Report on sanitation, dispensaries, and jails in Rajputana for 1913, and on vaccination for the year 1913-1914 - 1913-1914
Year: 1913
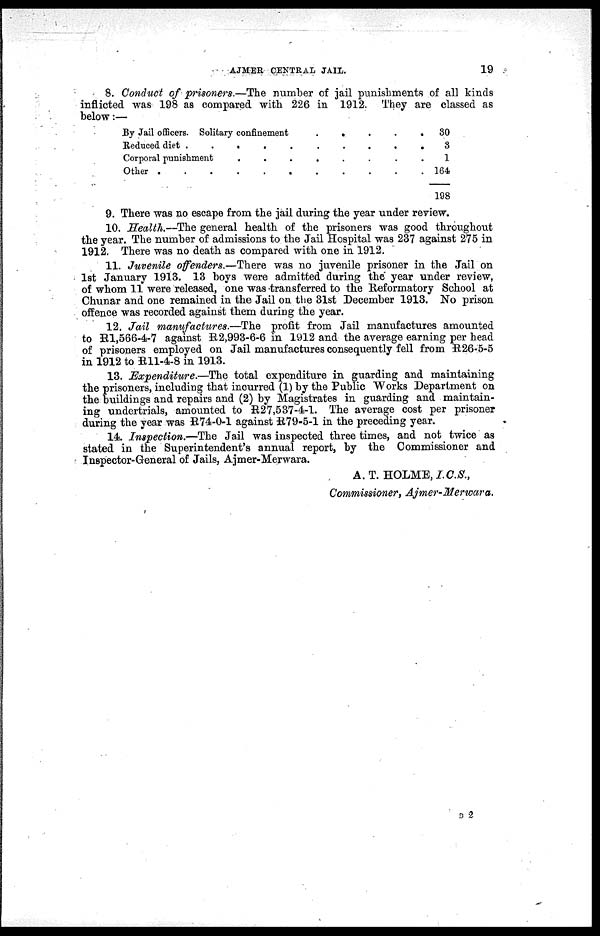
AJMER CENTRAL JAIL.
19
8. Conduct of prisoners.—The number of jail punishments of all kinds
inflicted was 198 as compared with 226 in 1912. They are classed as
below:—
By Jail officers. Solitary confinement
.
.
.
.
.
Reduced diet
.
.
.
.
.
.
Corporal punishment
.
.
.
.
.
.
Other . . . . . .
30
3
1
164
198
9. There was no escape from the jail during the year under review.
10. Health.—The general health of the prisoners was good throughout
the year. The number of admissions to the Jail Hospital was 237 against 275 in
1912. There was no death as compared with one in 1912.
11. Juvenile offenders.—There was no juvenile prisoner in the Jail on
1st January 1913. 13 boys were admitted during the year under review,
of whom 11 were released, one was transferred to the Reformatory School at
Chunar and one remained in the Jail on the 31st December 1913. No prison
offence was recorded against them during the year.
12. Jail manufactures.—The profit from Jail manufactures amounted
to R1,566-4-7 against R2,993-6-6 in 1912 and the average earning per head
of prisoners employed on Jail manufactures consequently fell from R26-5-5
in 1912 to R11-4-8 in 1913.
13. Expenditure.—The total expenditure in guarding and maintaining
the prisoners, including that incurred (1) by the Public Works Department on
the buildings and repairs and (2) by Magistrates in guarding and maintain-
ing undertrials, amounted to R27,537-4-1. The average cost per prisoner
during the year was R74-0-1 against R79-5-1 in the preceding year.
14. Inspection.—The Jail was inspected three times, and not twice as
stated in the Superintendent's annual report, by the Commissioner and
Inspector-General of Jails, Ajmer-Merwara.
A. T. HOLME, I.C.S.,
Commissioner, Ajmer-Merwara.
D 2